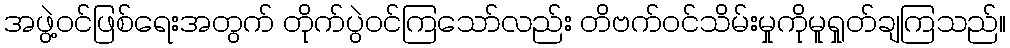
အဖွဲ့ဝင်ဖြစ်ရေးအတွက် တိုက်ပွဲဝင်ကြသော်လည်း တိဗက်ဝင်သိမ်းမှုကိုမူရှုတ်ချကြသည်။